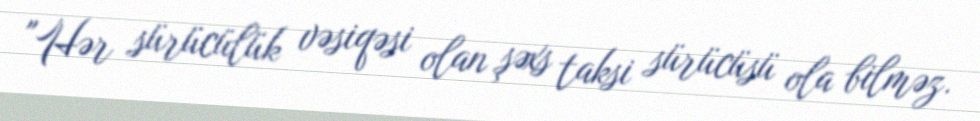
"Hər sürücülük vəsiqəsi olan şəxs taksi sürücüsü ola bilməz.